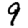
Digit: 9